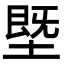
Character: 塈